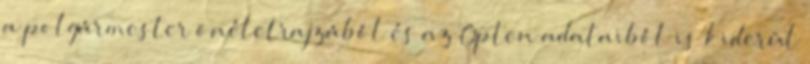
a polgármester önéletrajzából és az Opten adataiból is kiderül